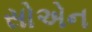
સોએન